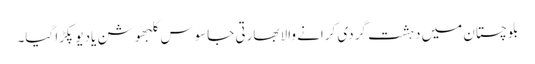
بلوچستان میں دہشت گردی کرانے والا بھارتی جاسوس کلبھوشن یادیو پکڑا گیا۔